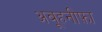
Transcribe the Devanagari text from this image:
अबूहनीफ़ा